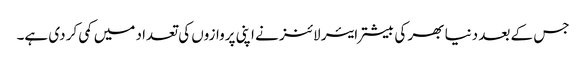
جس کے بعد دنیا بھر کی بیشتر ایئر لائنز نے اپنی پروازوں کی تعداد میں کمی کر دی ہے۔